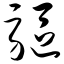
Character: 驱